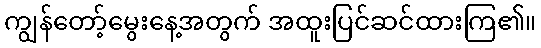
ကျွန်တော့်မွေးနေ့အတွက် အထူးပြင်ဆင်ထားကြ၏။